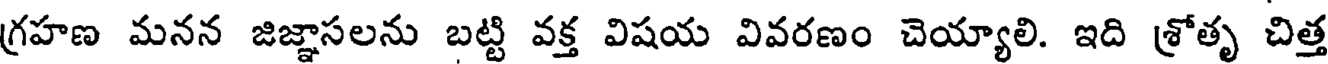
గ్రహణ మనన జిజ్ఞాసలను బట్టి వక్త విషయ వివరణం చెయ్యాలి. ఇది శ్రోతృ చిత్త